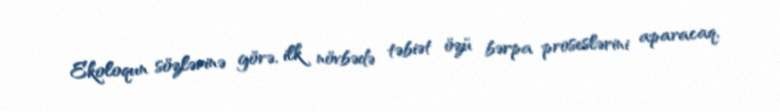
Ekoloqun sözlərinə görə, ilk növbədə təbiət özü bərpa proseslərini aparacaq,